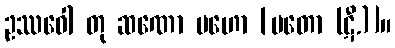
ဥဿဝေါ တု ဆဏော မဟော [မတော (ဋီ.)]။